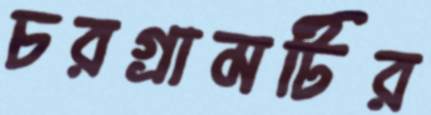
চরগ্রামটির